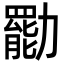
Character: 㔥